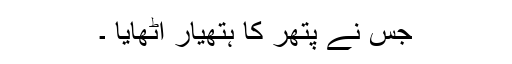
جس نے پتھر کا ہتھیار اٹھایا ۔